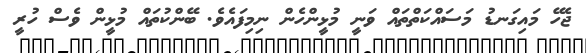
ޖެހޭ މައިގަނޑު މަސައްކަތްތައް ވަނީ މުޅީންހެން ނިމިފައެވެ. ބޭންކުތައް މުޅީން ވެސް ހުރީ